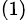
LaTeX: ^{(1)}